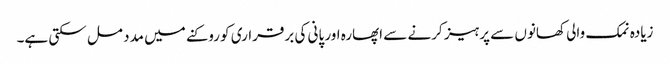
زیادہ نمک والی کھانوں سے پرہیز کرنے سے اپھارہ اور پانی کی برقراری کو روکنے میں مدد مل سکتی ہے۔